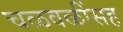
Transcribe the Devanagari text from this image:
चळवळींसह